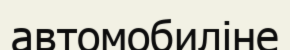
автомобиліне